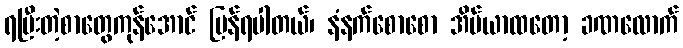
ရပြီးတဲ့စာတွေကုန်အောင် ပြန်ရပါတယ်၊ နံနက်စောစော အိပ်ယာထတော့ ခဏလောက်